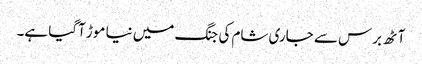
آٹھ برس سے جاری شام کی جنگ میں نیا موڑ آگیا ہے۔